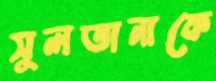
সুলতানাকে